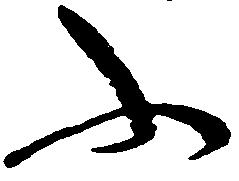
ふ